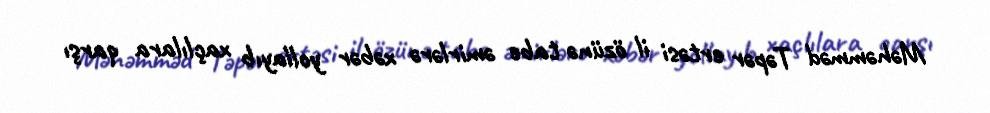
Məhəmməd Təpər ertəsi il özünə tabe əmirlərə xəbər yollayıb xaçlılara qarşı